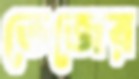
তেজের